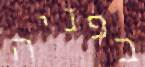
בפניה